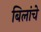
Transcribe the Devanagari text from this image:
बिलांचे